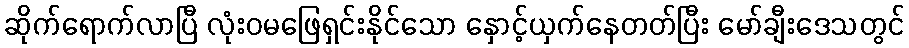
ဆိုက်ရောက်လာပြီ လုံးဝမဖြေရှင်းနိုင်သော နှောင့်ယှက်နေတတ်ပြီး မော်ချီးဒေသတွင်